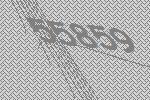
55859